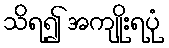
သိရ၍ အကျိုးရပုံ